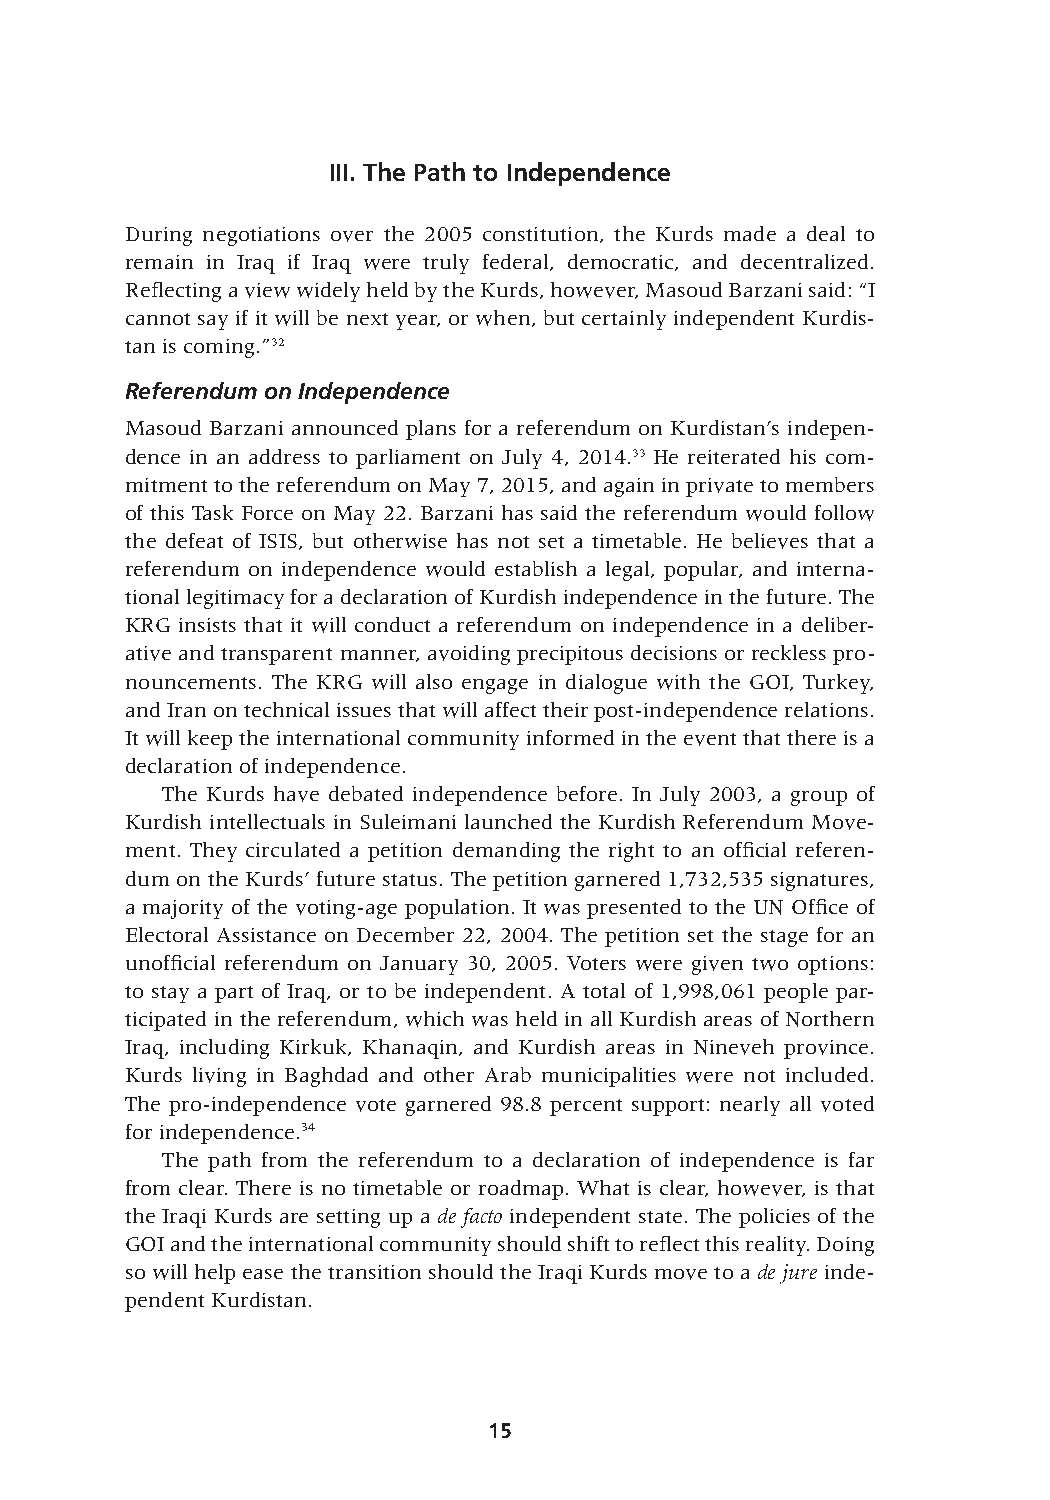
III. The Path to Independence
 During negotiations over the 2005 constitution, the Kurds made a deal to
 remain in Iraq if Iraq were truly federal, democratic, and decentralized.
 Reflecting a view widely held by the Kurds, however, Masoud Barzani said: “I
 cannot say if it will be next year, or when, but certainly independent Kurdis-
 tan is coming.”32
 Referendum on Independence
 Masoud Barzani announced plans for a referendum on Kurdistan’s indepen-
 dence in an address to parliament on July 4, 2014.33 He reiterated his com-
 mitment to the referendum on May 7, 2015, and again in private to members
 of this Task Force on May 22. Barzani has said the referendum would follow
 the defeat of ISIS, but otherwise has not set a timetable. He believes that a
 referendum on independence would establish a legal, popular, and interna-
 tional legitimacy for a declaration of Kurdish independence in the future. The
 KRG insists that it will conduct a referendum on independence in a deliber-
 ative and transparent manner, avoiding precipitous decisions or reckless pro-
 nouncements. The KRG will also engage in dialogue with the GOI, Turkey,
 and Iran on technical issues that will affect their post-independence relations.
 It will keep the international community informed in the event that there is a
 declaration of independence.
 The Kurds have debated independence before. In July 2003, a group of
 Kurdish intellectuals in Suleimani launched the Kurdish Referendum Move-
 ment. They circulated a petition demanding the right to an official referen-
 dum on the Kurds’ future status. The petition garnered 1,732,535 signatures,
 a majority of the voting-age population. It was presented to the UN Office of
 Electoral Assistance on December 22, 2004. The petition set the stage for an
 unofficial referendum on January 30, 2005. Voters were given two options:
 to stay a part of Iraq, or to be independent. A total of 1,998,061 people par-
 ticipated in the referendum, which was held in all Kurdish areas of Northern
 Iraq, including Kirkuk, Khanaqin, and Kurdish areas in Nineveh province.
 Kurds living in Baghdad and other Arab municipalities were not included.
 The pro-independence vote garnered 98.8 percent support: nearly all voted
 for independence.34
 The path from the referendum to a declaration of independence is far
 from clear. There is no timetable or roadmap. What is clear, however, is that
 the Iraqi Kurds are setting up a de facto independent state. The policies of the
 GOI and the international community should shift to reflect this reality. Doing
 so will help ease the transition should the Iraqi Kurds move to a de jure inde-
 pendent Kurdistan.
 15